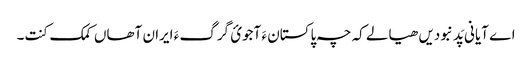
اے آیانی پَد نبودیں ھیالے کہ چہ پاکستان ءَ آجوئ گرگ ءَ ایران آھاں کمک کنت۔